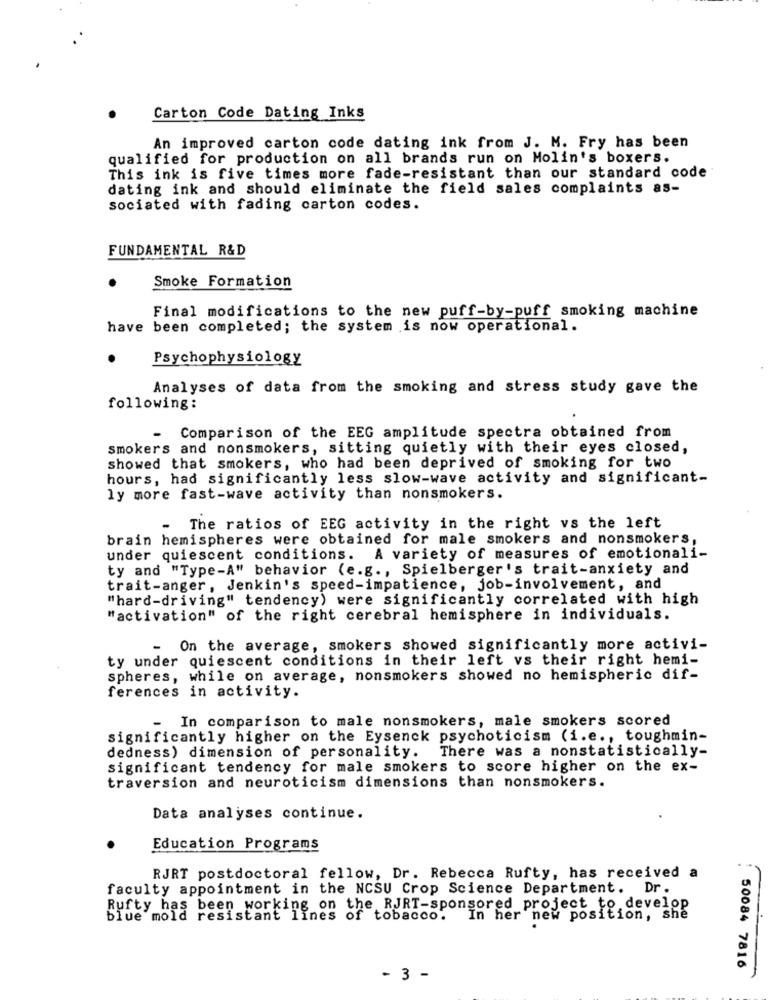
Carton Code Dating Inks
An improved carton code dating ink from J. M. Fry has been
qualified for production on all brands run on Molin's boxers.
This ink is five times more fade-resistant than our standard code
dating ink and should eliminate the field sales complaints as-
sociated with fading carton codes.
FUNDAMENTAL R&D
Smoke Formation
Final modifications to the new puff-by-puff smoking machine
have been completed; the system is now operational.
Psychophysiology
Analyses of data from the smoking and stress study gave the
following:
Comparison of the EEG amplitude spectra obtained from
smokers and nonsmokers, sitting quietly with their eyes closed,
showed that smokers, who had been deprived of smoking for two
hours, had significantly less slow-wave activity and significant-
ly more fast-wave activity than nonsmokers.
The ratios of EEG activity in the right vs the left
brain hemispheres were obtained for male smokers and nonsmokers,
under quiescent conditions. A variety of measures of emotionali-
ty and "Type-A" behavior (e.g ., Spielberger's trait-anxiety and
trait-anger, Jenkin's speed-impatience, job-involvement, and
"hard-driving" tendency) were significantly correlated with high
"activation" of the right cerebral hemisphere in individuals.
- On the average, smokers showed significantly more activi-
ty under quiescent conditions in their left vs their right hemi-
spheres, while on average, nonsmokers showed no hemispheric dif-
ferences in activity.
In comparison to male nonsmokers, male smokers scored
-
significantly higher on the Eysenck psychoticism (i.e ., toughmin-
dedness) dimension of personality. There was a nonstatistically-
significant tendency for male smokers to score higher on the ex-
traversion and neuroticism dimensions than nonsmokers.
Data analyses continue.
Education Programs
RJRT postdoctoral fellow, Dr. Rebecca Rufty, has received a
faculty appointment in the NCSU Crop Science Department. Dr.
Rufty has been working on the RJRT-sponsored project to develop
blue mold resistant lines of tobacco. In her new position, she
50084 7816
- 3 -